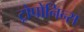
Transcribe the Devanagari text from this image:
ट्रोपोनिन्स